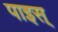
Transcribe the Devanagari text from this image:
पाइस्